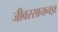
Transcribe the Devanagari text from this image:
जीवरसायनज्ञ